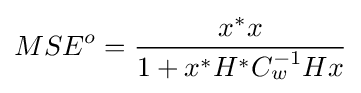
MSE^{o}={\frac {x^{*}x}{1+x^{*}H^{*}C_{w}^{-1}Hx}}